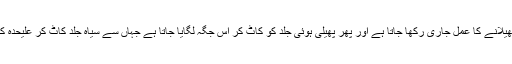
تین ماہ تک جلد کو پھیلانے کا عمل جاری رکھا جاتا ہے اور پھر پھیلی ہوئی جلد کو کاٹ کر اس جگہ لگایا جاتا ہے جہاں سے سیاہ جلد کاٹ کر علیحدہ کی جاچکی ہوتی ہے۔